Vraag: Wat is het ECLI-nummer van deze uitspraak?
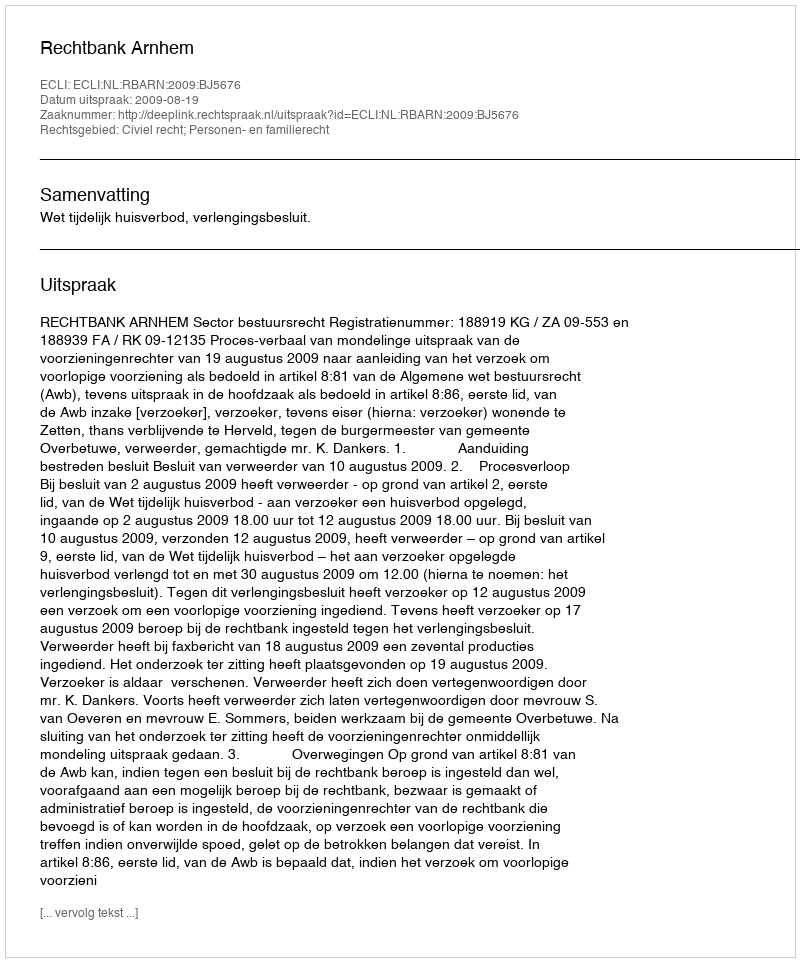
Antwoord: ECLI:NL:RBARN:2009:BJ5676